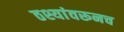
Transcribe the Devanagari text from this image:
ठश्यांवरूनच